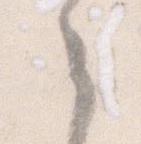
々